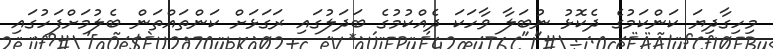
މިހިގާދިޔަ ކަންކަމުގެ ދެކޮޅު ނުބަލާ ވާހަކަ ދެއްކުމުގެ ބަދަލުގައި ރަގަޅަށް ކަންތައްތަން ބެލުމަށްފަހުގައި